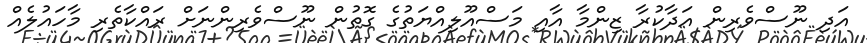
އަދި ނޫސްވެރިން އަދާކުރާ ޒިންމާ އާއި މަސްއޫލިއްޔަތުގެ ގޮތުން ނޫސްވެރިންނަށް ރައްކާތެރި މާހައުލެއް